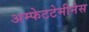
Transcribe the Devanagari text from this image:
अम्फेटटेमीनेस